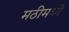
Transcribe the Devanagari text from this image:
मठीमध्यें